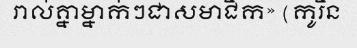
រាល់គ្នាម្នាក់ៗជាសមាជិក» (កូរិន